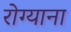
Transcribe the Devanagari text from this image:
रोग्याना